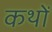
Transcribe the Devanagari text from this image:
कथों